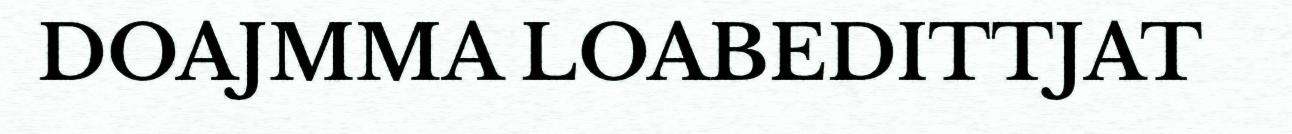
DOAJMMA LOABEDITTJAT